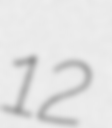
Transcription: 12